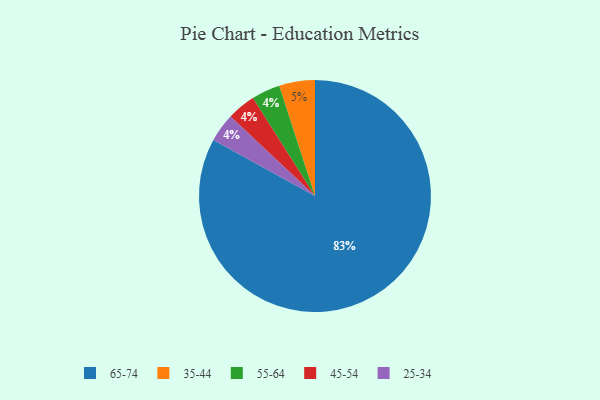
{"axis": {"x": "Category", "y": "Percentage"}, "legend": ["25-34", "35-44", "45-54", "55-64", "65-74"], "data": [{"x": "55-64", "y": 4, "type": "55-64"}, {"x": "45-54", "y": 4, "type": "45-54"}, {"x": "25-34", "y": 4, "type": "25-34"}, {"x": "65-74", "y": 83, "type": "65-74"}, {"x": "35-44", "y": 5, "type": "35-44"}]}